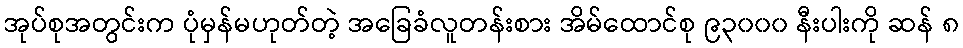
အုပ်စုအတွင်းက ပုံမှန်မဟုတ်တဲ့ အခြေခံလူတန်းစား အိမ်ထောင်စု ၉၃၀၀၀ နီးပါးကို ဆန် ၈